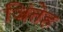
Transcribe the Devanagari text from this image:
जिंतेह